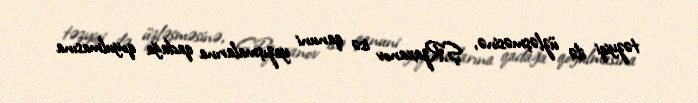
təzyiqi ilə üzləşməsinə, Ş.Rzaxanov isə qanuni yazışmalarına qadağa qoyulmasına